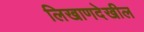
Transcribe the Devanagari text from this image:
लिखाणदेखील